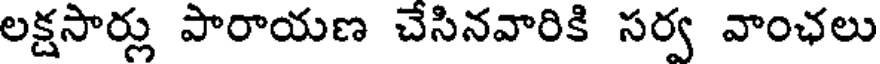
లక్షసార్లు పారాయణ చేసినవారికి సర్వ వాంఛలు